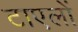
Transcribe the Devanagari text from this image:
टाएलों